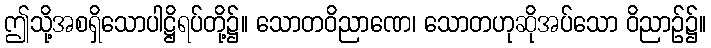
ဤသို့အစရှိသောပါဋ္ဌိရပ်တို့၌။ သောတဝိညာဏေ၊ သောတဟုဆိုအပ်သော ဝိညာဉ်၌။